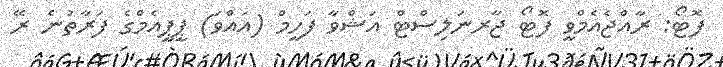
ފޮޓޯ: ރާއްޖެއެމްވީ ފޮޓޯ ޖާރނަލިސްޓް އަޝްވާ ފަހީމް (އައްވަ) ޕީޕީއެމްގެ ފަރާތުނެ ރޭ